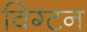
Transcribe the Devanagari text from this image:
विग्टन